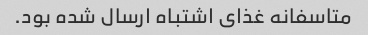
متاسفانه غذای اشتباه ارسال شده بود.